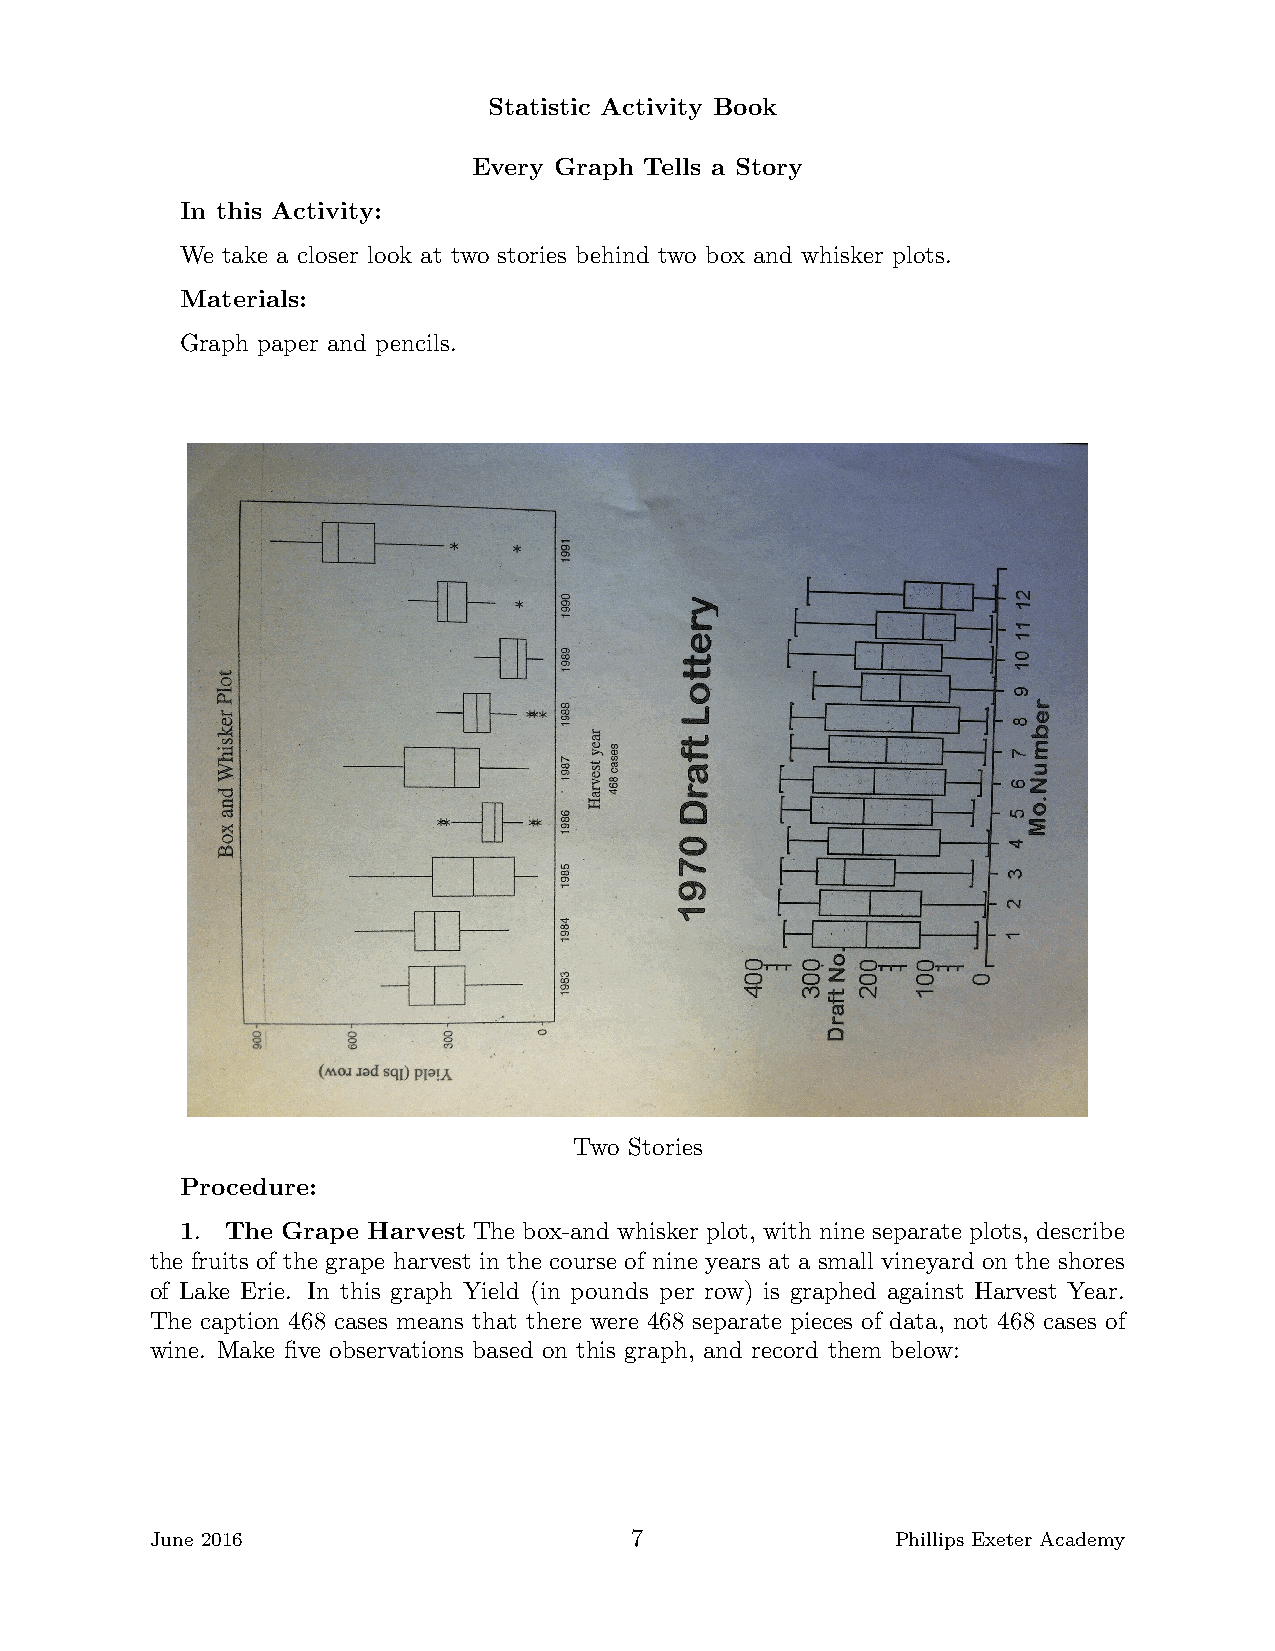
Statistic Activity Book
 Every Graph Tells a Story
 In this Activity:
 We take a closer look at two stories behind two box and whisker plots.
 Materials:
 Graph paper and pencils.
 Two Stories
 Procedure:
 1. The Grape Harvest The box-and whisker plot, with nine separate plots, describe
 the fruits of the grape harvest in the course of nine years at a small vineyard on the shores
 of Lake Erie. In this graph Yield (in pounds per row) is graphed against Harvest Year.
 The caption 468 cases means that there were 468 separate pieces of data, not 468 cases of
 wine. Make five observations based on this graph, and record them below:
 June 2016                       7                Phillips Exeter Academy